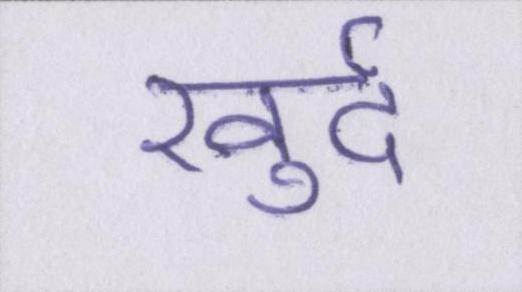
खुर्द